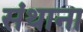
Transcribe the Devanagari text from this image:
संथाना